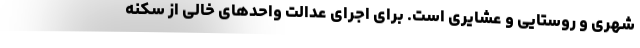
شهری و روستایی و عشایری است. برای اجرای عدالت واحدهای خالی از سکنه